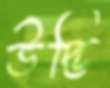
উদ্ভি